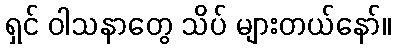
ရှင် ဝါသနာတွေ သိပ် များတယ်နော်။